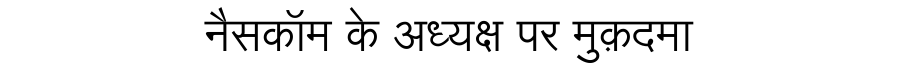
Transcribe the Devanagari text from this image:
नैसकॉम के अध्यक्ष पर मुक़दमा